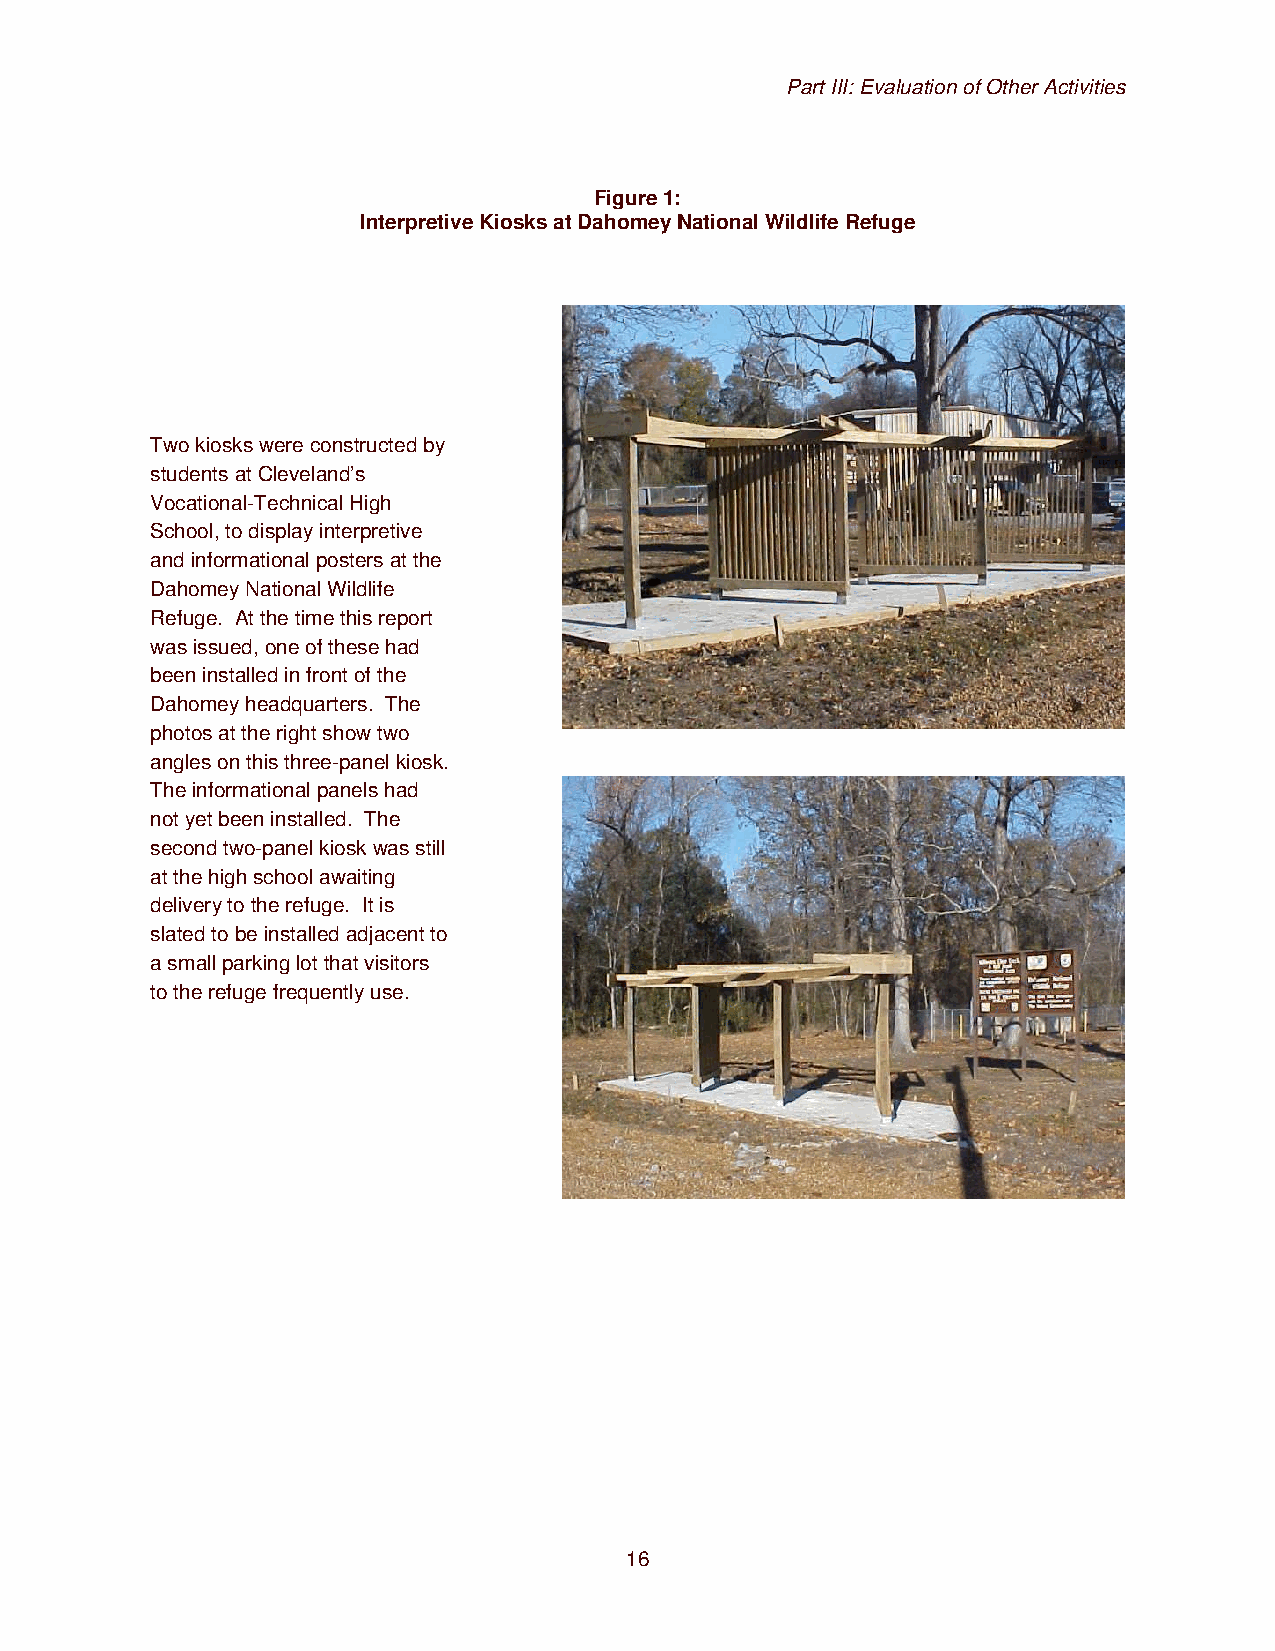
Part III: Evaluation of Other Activities
 Figure 1:
 Interpretive Kiosks at Dahomey National Wildlife Refuge
 Two kiosks were constructed by
 students at Cleveland’s
 Vocational-Technical High
 School, to display interpretive
 and informational posters at the
 Dahomey National Wildlife
 Refuge. At the time this report
 was issued, one of these had
 been installed in front of the
 Dahomey headquarters. The
 photos at the right show two
 angles on this three-panel kiosk.
 The informational panels had
 not yet been installed. The
 second two-panel kiosk was still
 at the high school awaiting
 delivery to the refuge. It is
 slated to be installed adjacent to
 a small parking lot that visitors
 to the refuge frequently use.
 16